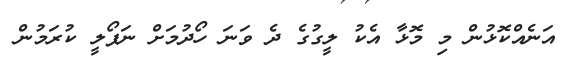
އަނެއްކޮޅުން މި މޮޅާ އެކު ލީގުގެ ދެ ވަނަ ހޯދުމަށް ނަޕޯލީ ކުރަމުން